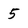
Character: 5